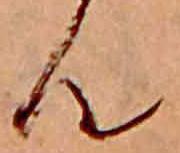
ん